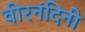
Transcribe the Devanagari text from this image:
वीरनंदिनी